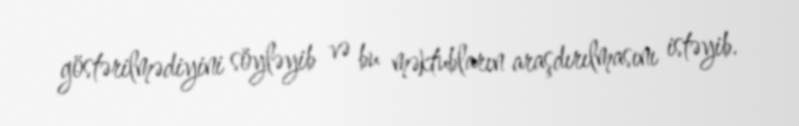
göstərilmədiyini söyləyib və bu məktubların araşdırılmasını istəyib.